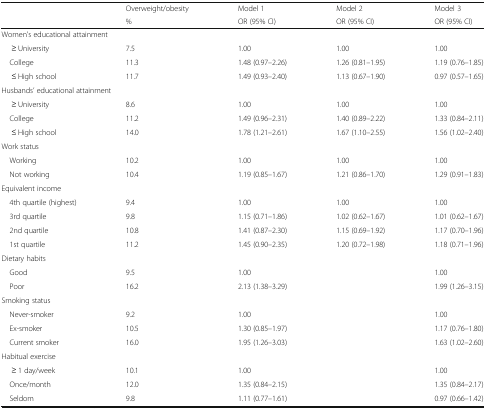
<table><thead><tr><td rowspan="2"></td><td><b>Overweight/obesity</b></td><td><b>Model 1</b></td><td><b>Model 2</b></td><td><b>Model 3</b></td></tr><tr><td><b>%</b></td><td><b>OR (95% CI)</b></td><td><b>OR (95% CI)</b></td><td><b>OR (95% CI)</b></td></tr></thead><tbody><tr><td colspan="5">Women’s educational attainment</td></tr><tr><td>≥ University</td><td>7.5</td><td>1.00</td><td>1.00</td><td>1.00</td></tr><tr><td> College</td><td>11.3</td><td>1.48 (0.97–2.26)</td><td>1.26 (0.81–1.95)</td><td>1.19 (0.76–1.85)</td></tr><tr><td>≤ High school</td><td>11.7</td><td>1.49 (0.93–2.40)</td><td>1.13 (0.67–1.90)</td><td>0.97 (0.57–1.65)</td></tr><tr><td colspan="5">Husbands’ educational attainment</td></tr><tr><td>≥ University</td><td>8.6</td><td>1.00</td><td>1.00</td><td>1.00</td></tr><tr><td> College</td><td>11.2</td><td>1.49 (0.96–2.31)</td><td>1.40 (0.89–2.22)</td><td>1.33 (0.84–2.11)</td></tr><tr><td>≤ High school</td><td>14.0</td><td>1.78 (1.21–2.61)</td><td>1.67 (1.10–2.55)</td><td>1.56 (1.02–2.40)</td></tr><tr><td colspan="5">Work status</td></tr><tr><td> Working</td><td>10.2</td><td>1.00</td><td>1.00</td><td>1.00</td></tr><tr><td> Not working</td><td>10.4</td><td>1.19 (0.85–1.67)</td><td>1.21 (0.86–1.70)</td><td>1.29 (0.91–1.83)</td></tr><tr><td colspan="5">Equivalent income</td></tr><tr><td> 4th quartile (highest)</td><td>9.4</td><td>1.00</td><td>1.00</td><td>1.00</td></tr><tr><td> 3rd quartile</td><td>9.8</td><td>1.15 (0.71–1.86)</td><td>1.02 (0.62–1.67)</td><td>1.01 (0.62–1.67)</td></tr><tr><td> 2nd quartile</td><td>10.8</td><td>1.41 (0.87–2.30)</td><td>1.15 (0.69–1.92)</td><td>1.17 (0.70–1.96)</td></tr><tr><td> 1st quartile</td><td>11.2</td><td>1.45 (0.90–2.35)</td><td>1.20 (0.72–1.98)</td><td>1.18 (0.71–1.96)</td></tr><tr><td colspan="5">Dietary habits</td></tr><tr><td> Good</td><td>9.5</td><td>1.00</td><td></td><td>1.00</td></tr><tr><td> Poor</td><td>16.2</td><td>2.13 (1.38–3.29)</td><td></td><td>1.99 (1.26–3.15)</td></tr><tr><td colspan="5">Smoking status</td></tr><tr><td> Never-smoker</td><td>9.2</td><td>1.00</td><td></td><td>1.00</td></tr><tr><td> Ex-smoker</td><td>10.5</td><td>1.30 (0.85–1.97)</td><td></td><td>1.17 (0.76–1.80)</td></tr><tr><td> Current smoker</td><td>16.0</td><td>1.95 (1.26–3.03)</td><td></td><td>1.63 (1.02–2.60)</td></tr><tr><td colspan="5">Habitual exercise</td></tr><tr><td>≥ 1 day/week</td><td>10.1</td><td>1.00</td><td></td><td>1.00</td></tr><tr><td> Once/month</td><td>12.0</td><td>1.35 (0.84–2.15)</td><td></td><td>1.35 (0.84–2.17)</td></tr><tr><td> Seldom</td><td>9.8</td><td>1.11 (0.77–1.61)</td><td></td><td>0.97 (0.66–1.42)</td></tr></tbody></table>